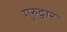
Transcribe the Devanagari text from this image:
गुरुद्वार